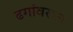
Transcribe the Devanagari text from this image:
ढगांवरून